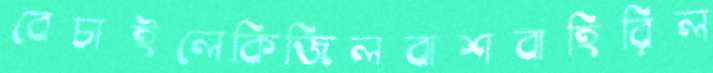
বেচাইলেকিজিলবাশবাহিরিল